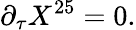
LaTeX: \partial_{\tau}X^{25}=0.